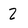
Character: 2